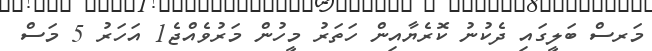
މަރސް ބަލީގައި ދެކުނު ކޮރެޔާއިން ހަތަރު މީހުން މަރުވެއްޖެ1 އަހަރު 5 މަސް